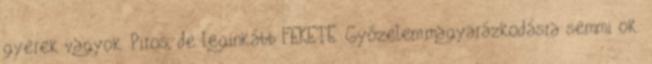
gyerek vagyok. Piros, de leginkább FEKETE. Győzelem.magyarázkodásra semmi ok.